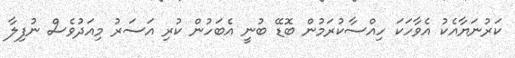
ކަރުނަޔާއެކު އެވާހަކަ ހިއްސާކުރަމުން ބޮޑޭ ބުނީ އެބަހުން ކުރި އަސަރު މިއަދުވެސް ނުފިލާ